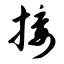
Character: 接